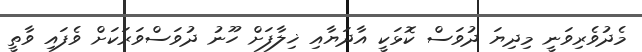
މެދުވެރިވަނީ މިދިޔަ ދުވަސް ކޮޅަކީ އާދަޔާއި ޚިލާފަށް ހޫނު ދުވަސްވަރަކަށް ވެފައި ވާތީ